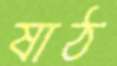
ষাঠ